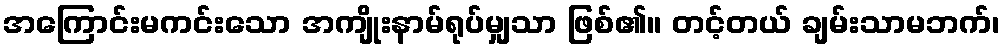
အကြောင်းမကင်းသော အကျိုးနာမ်ရုပ်မျှသာ ဖြစ်၏။ တင့်တယ် ချမ်းသာမဘက်၊